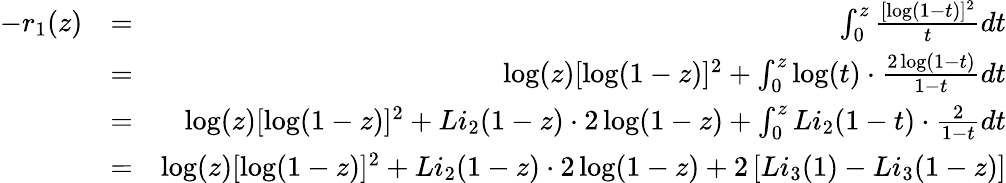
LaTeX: \begin{array}{rlr}{-r_{1}(z)}&{=}&{\int_{0}^{z}\frac{[\log(1-t)]^{2}}{t}dt}\\ &{=}&{\log(z)[\log(1-z)]^{2}+\int_{0}^{z}\log(t)\cdot\frac{2\log(1-t)}{1-t}dt}\\ &{=}&{\log(z)[\log(1-z)]^{2}+Li_{2}(1-z)\cdot 2\log(1-z)+\int_{0}^{z}Li_{2}(1-t)\cdot\frac{2}{1-t}dt}\\ &{=}&{\log(z)[\log(1-z)]^{2}+Li_{2}(1-z)\cdot 2\log(1-z)+2\left[Li_{3}(1)-Li_{3}(1-z)\right]}\end{array}